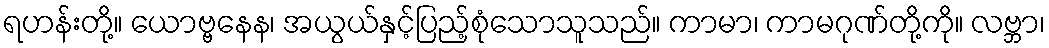
ရဟန်းတို့။ ယောဗ္ဗနေန၊ အယွယ်နှင့်ပြည့်စုံသောသူသည်။ ကာမာ၊ ကာမဂုဏ်တို့ကို။ လဗ္ဘာ၊